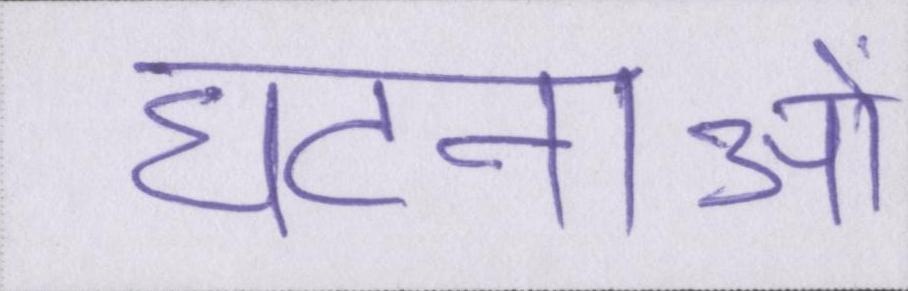
घटनाओ